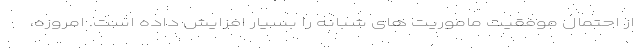
از احتمال موفقیت ماموریت های شبانه را بسیار افزایش داده است. امروزه،